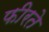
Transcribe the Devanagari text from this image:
फीरते